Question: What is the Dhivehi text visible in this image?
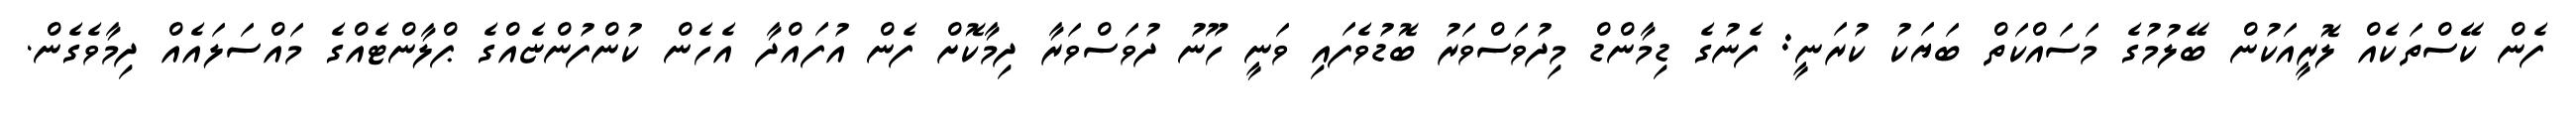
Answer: ފެން ކޭސްތަކެއް ލޮރީއަކުން ބޭލުމުގެ މަސައްކަތް ބަޔަކު ކުރަނީ: ފެނުގެ ޑިމާންޑް މިދުވަސްވަރު ބޮޑުވެފައި ވަނީ ހޫނު ދުވަސްވަރާ ދިމާކޮށް ފެން އުފައްދާ އެހެން ކުންފުންޏެއްގެ ޕްލާންޓެއްގެ މައްސަލައެއް ދިމާވެގެން.